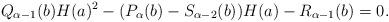
LaTeX: \begin{align*}Q_{\alpha-1}(b)H(a)^2-(P_\alpha(b)-S_{\alpha-2}(b))H(a)-R_{\alpha-1}(b)= 0.\end{align*}